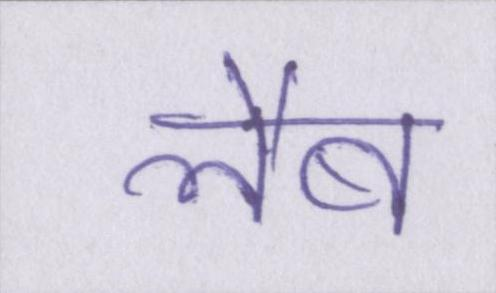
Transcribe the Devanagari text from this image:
लैब